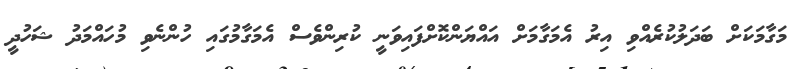
މަގާމަކަށް ބަދަލުކުރެއްވި އިރު އެމަގާމަށް އައްޔަންކޮށްފައިވަނީ ކުރިންވެސް އެމަގާމުގައި ހުންނެވި މުހައްމަދު ޝަހުދީ